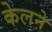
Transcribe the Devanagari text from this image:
केलने